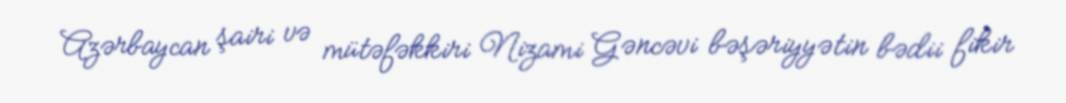
Azərbaycan şairi və mütəfəkkiri Nizami Gəncəvi bəşəriyyətin bədii fikir